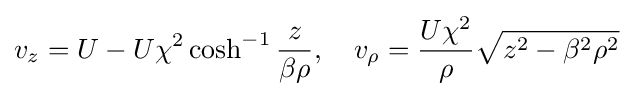
v_{z}=U-U\chi ^{2}\cosh ^{-1}{\frac {z}{\beta \rho }},\quad v_{\rho }={\frac {U\chi ^{2}}{\rho }}{\sqrt {z^{2}-\beta ^{2}\rho ^{2}}}